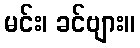
မင်း၊ ခင်ဗျား။